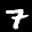
Label: 7